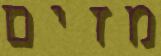
מזים